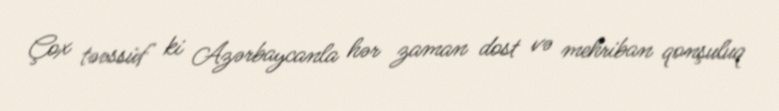
Çox təəssüf ki Azərbaycanla hər zaman dost və mehriban qonşuluq